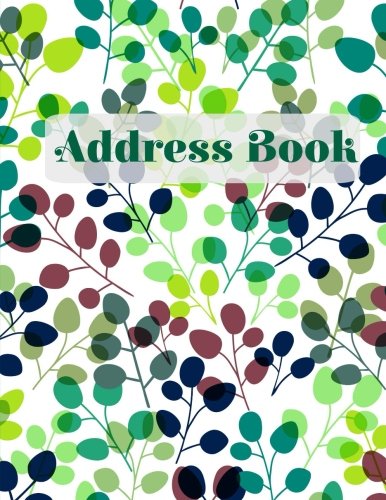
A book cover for Address Book (Simply Beautiful Address Books-Colorful Leaves) (Volume 33); Creative Planners and Journals; Business & Money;